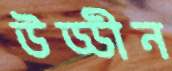
উড্ডীন